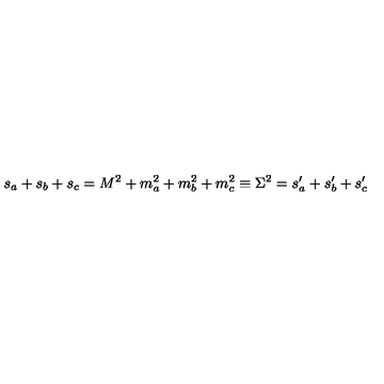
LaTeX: s _ { a } + s _ { b } + s _ { c } = M ^ { 2 } + m _ { a } ^ { 2 } + m _ { b } ^ { 2 } + m _ { c } ^ { 2 } \equiv \Sigma ^ { 2 } = s _ { a } ^ { \prime } + s _ { b } ^ { \prime } + s _ { c } ^ { \prime }